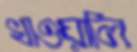
খাওয়ালি